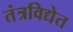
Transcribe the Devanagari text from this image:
तंत्रविद्येत